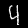
Label: 4